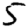
Digit: 5